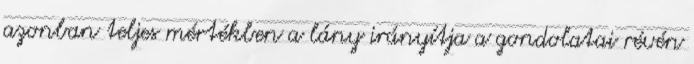
azonban teljes mértékben a lány irányítja a gondolatai révén